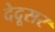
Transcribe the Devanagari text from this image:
देदूसर